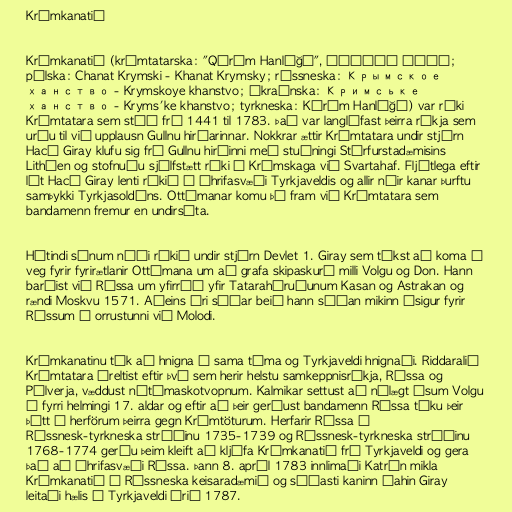
Krímkanatið

Krímkanatið (krímtatarska: "Qırım Hanlığı", قريم خانلغى‎;
pólska: Chanat Krymski - Khanat Krymsky; rússneska: Крымское
ханство - Krymskoye khanstvo; úkraínska: Кримське
ханство - Kryms'ke khanstvo; tyrkneska: Kırım Hanlığı) var ríki
Krímtatara sem stóð frá 1441 til 1783. Það var langlífast þeirra ríkja sem
urðu til við upplausn Gullnu hirðarinnar. Nokkrar ættir Krímtatara undir stjórn
Hacı Giray klufu sig frá Gullnu hirðinni með stuðningi Stórfurstadæmisins
Litháen og stofnuðu sjálfstætt ríki á Krímskaga við Svartahaf. Fljótlega eftir
lát Hacı Giray lenti ríkið á áhrifasvæði Tyrkjaveldis og allir nýir kanar þurftu
samþykki Tyrkjasoldáns. Ottómanar komu þó fram við Krímtatara sem
bandamenn fremur en undirsáta.

Hátindi sínum náði ríkið undir stjórn Devlet 1. Giray sem tókst að koma í
veg fyrir fyrirætlanir Ottómana um að grafa skipaskurð milli Volgu og Don. Hann
barðist við Rússa um yfirráð yfir Tatarahéruðunum Kasan og Astrakan og
rændi Moskvu 1571. Aðeins ári síðar beið hann síðan mikinn ósigur fyrir
Rússum í orrustunni við Molodi.

Krímkanatinu tók að hnigna á sama tíma og Tyrkjaveldi hnignaði. Riddaralið
Krímtatara úreltist eftir því sem herir helstu samkeppnisríkja, Rússa og
Pólverja, væddust nútímaskotvopnum. Kalmikar settust að nálægt ósum Volgu
á fyrri helmingi 17. aldar og eftir að þeir gerðust bandamenn Rússa tóku þeir
þátt í herförum þeirra gegn Krímtöturum. Herfarir Rússa í
Rússnesk-tyrkneska stríðinu 1735-1739 og Rússnesk-tyrkneska stríðinu
1768-1774 gerðu þeim kleift að kljúfa Krímkanatið frá Tyrkjaveldi og gera
það að áhrifasvæði Rússa. Þann 8. apríl 1783 innlimaði Katrín mikla
Krímkanatið í Rússneska keisaradæmið og síðasti kaninn Şahin Giray
leitaði hælis í Tyrkjaveldi árið 1787.